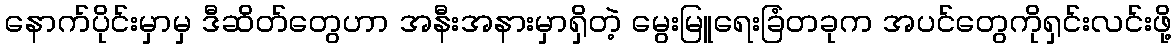
နောက်ပိုင်းမှာမှ ဒီဆိတ်တွေဟာ အနီးအနားမှာရှိတဲ့ မွေးမြူရေးခြံတခုက အပင်တွေကိုရှင်းလင်းဖို့